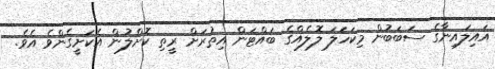
އައިލައިނާގެ ސަބަބުން މިކަހަލަ ލޮލެއްގެ ބައްޓަން އިތުރަށް ރީތި ކޮށްލުން އެކަށީގެންވެ އެވެ.